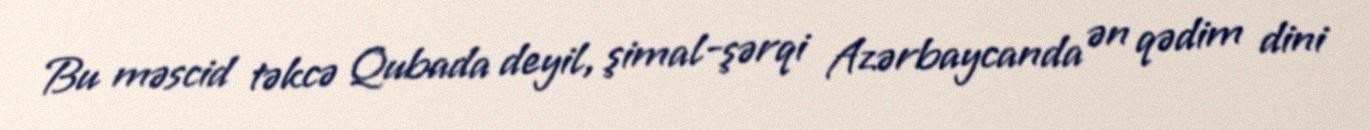
Bu məscid təkcə Qubada deyil, şimal-şərqi Azərbaycanda ən qədim dini